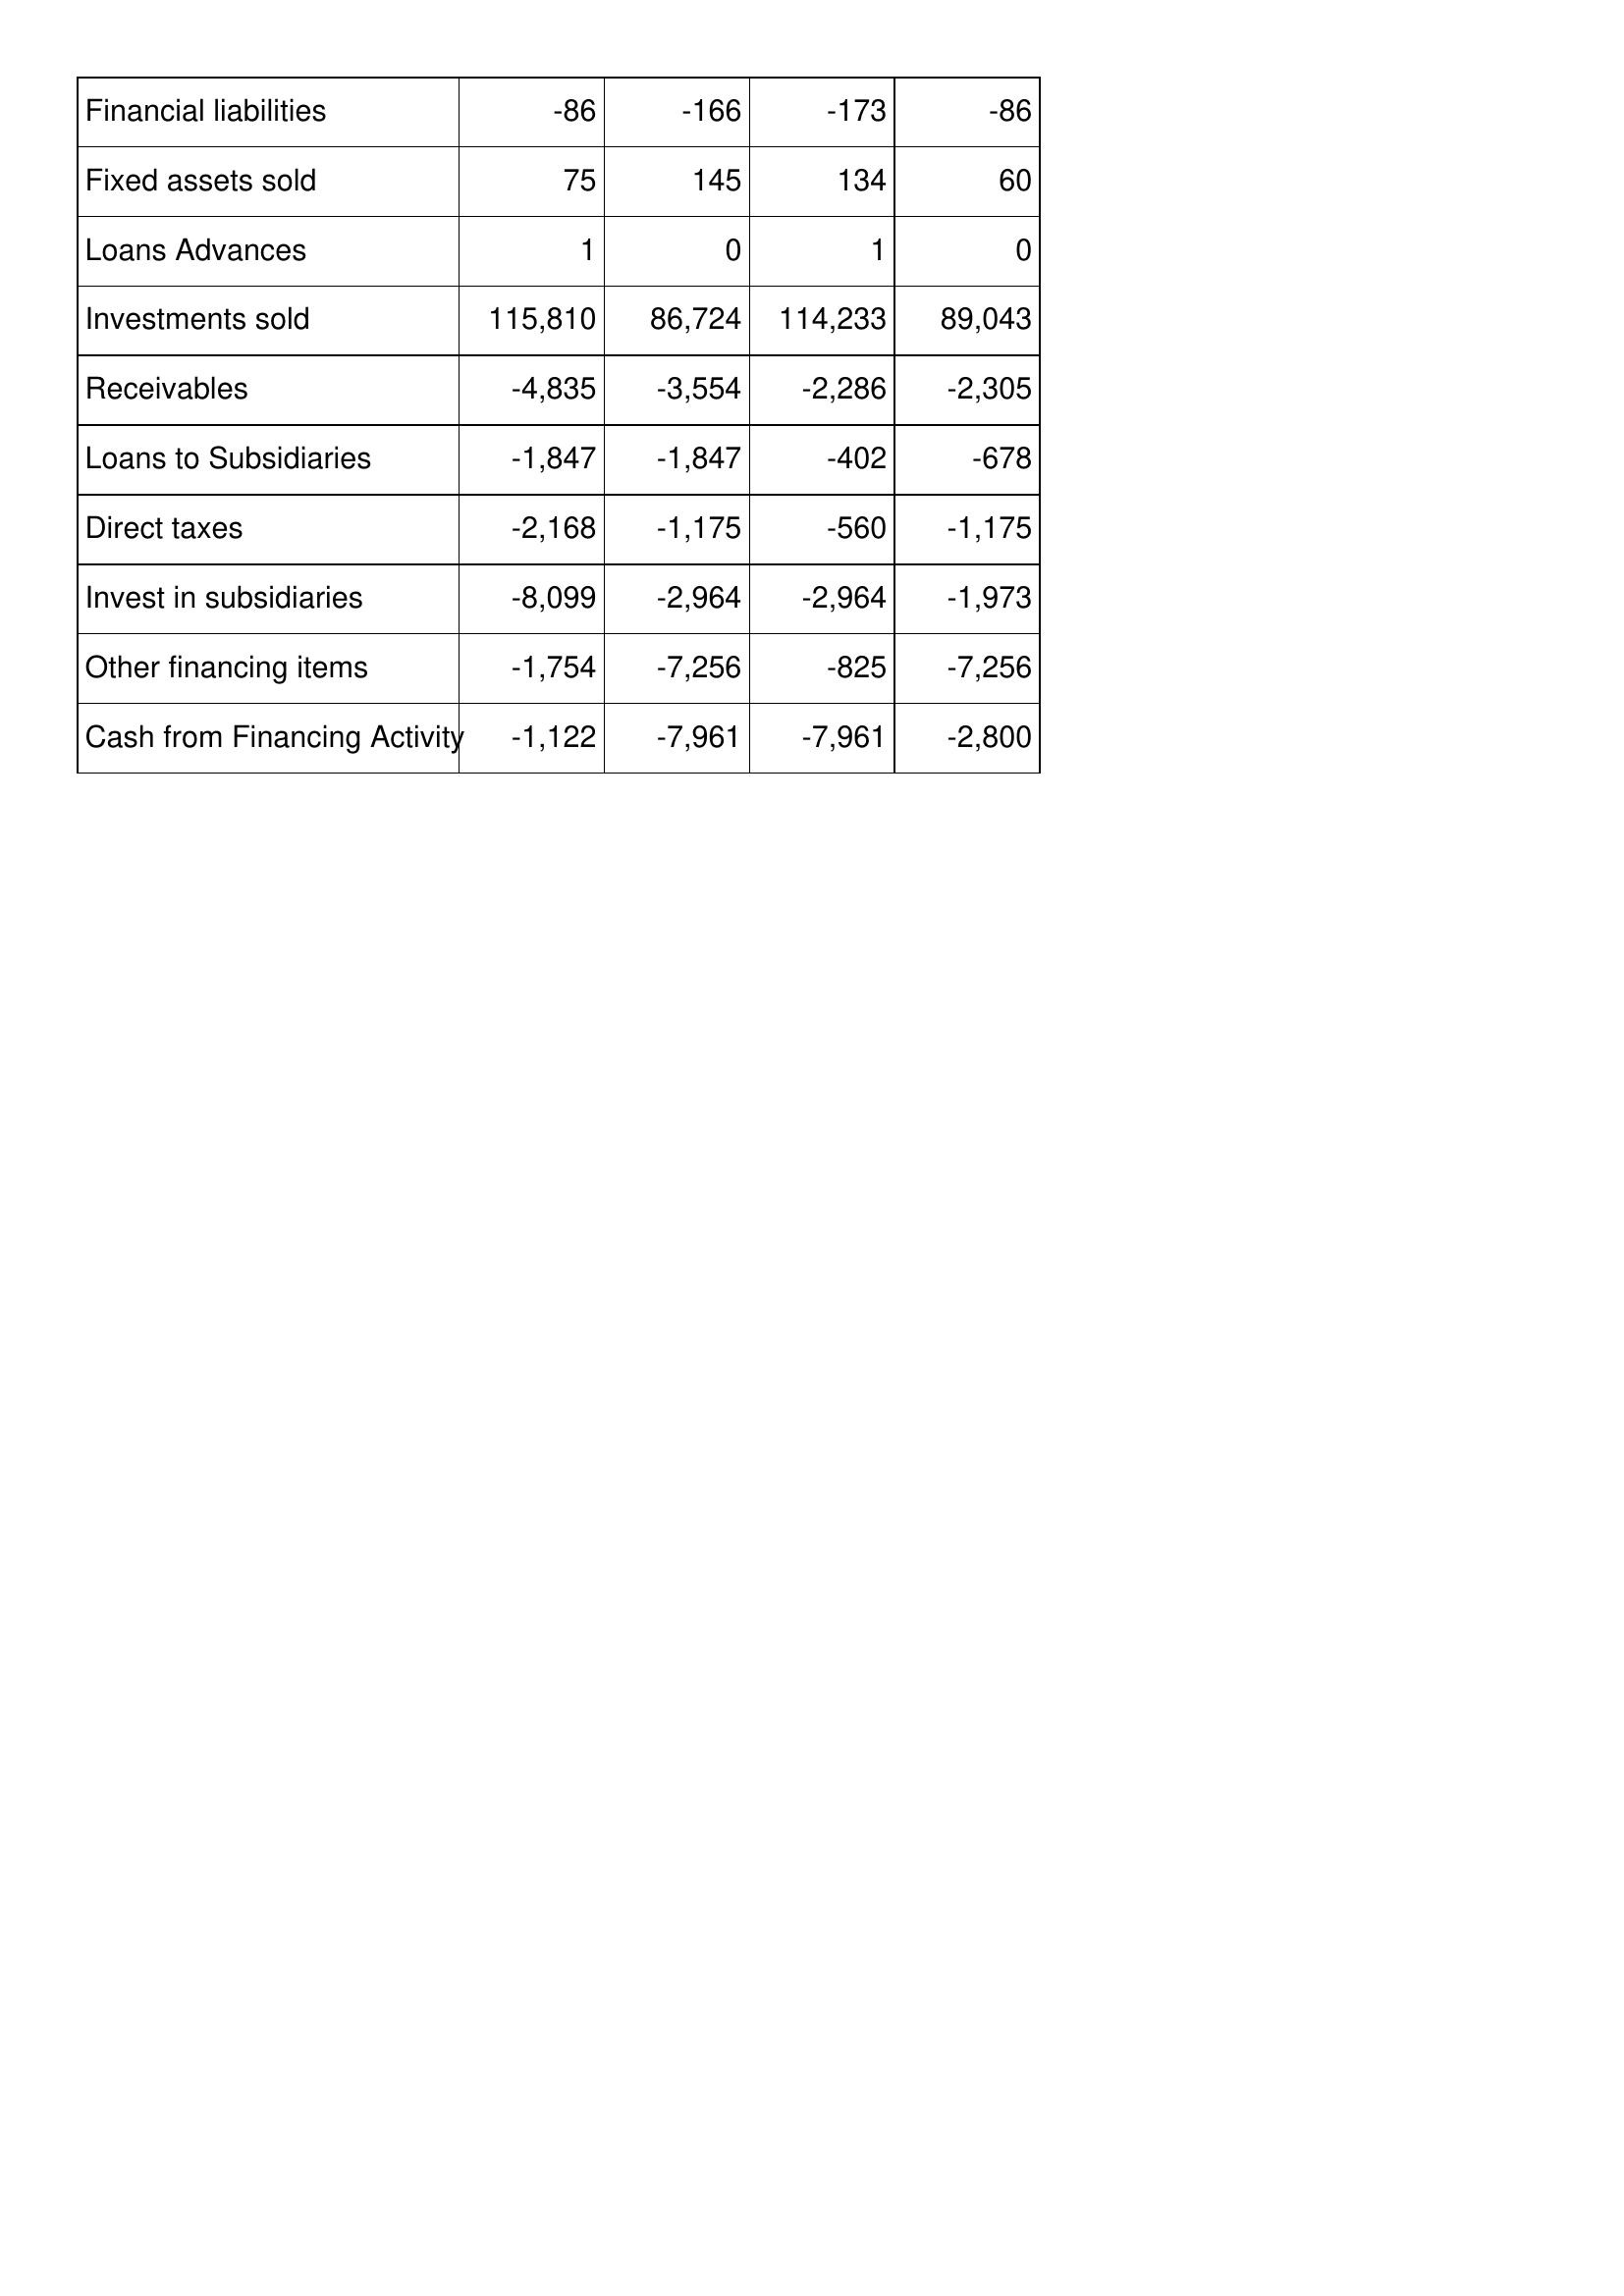
Apr-16: Cash Flows: Financial liabilities: -86
Fixed assets sold: 75
Loans Advances: 1
Investments sold: 115,810
Receivables: -4,835
Loans to Subsidiaries: -1,847
Direct taxes: -2,168
Invest in subsidiaries: -8,099
Other financing items: -1,754
Cash from Financing Activity: -1,122
Apr-15: Cash Flows: Financial liabilities: -166
Fixed assets sold: 145
Loans Advances: 0
Investments sold: 86,724
Receivables: -3,554
Loans to Subsidiaries: -1,847
Direct taxes: -1,175
Invest in subsidiaries: -2,964
Other financing items: -7,256
Cash from Financing Activity: -7,961
Apr-14: Cash Flows: Financial liabilities: -173
Fixed assets sold: 134
Loans Advances: 1
Investments sold: 114,233
Receivables: -2,286
Loans to Subsidiaries: -402
Direct taxes: -560
Invest in subsidiaries: -2,964
Other financing items: -825
Cash from Financing Activity: -7,961
Apr-13: Cash Flows: Financial liabilities: -86
Fixed assets sold: 60
Loans Advances: 0
Investments sold: 89,043
Receivables: -2,305
Loans to Subsidiaries: -678
Direct taxes: -1,175
Invest in subsidiaries: -1,973
Other financing items: -7,256
Cash from Financing Activity: -2,800